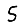
Digit: 5